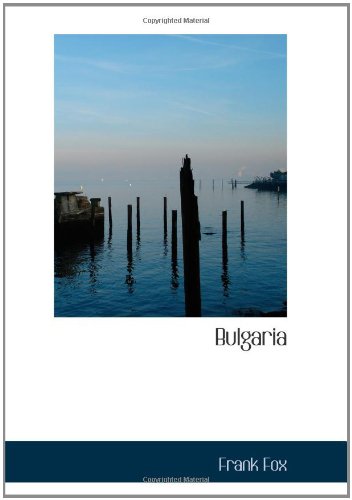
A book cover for Bulgaria; Frank Fox; Travel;